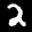
Label: 2